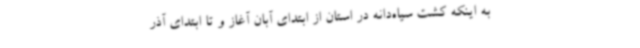
به اینکه کشت سیاه‌دانه در استان از ابتدای آبان آغاز و تا ابتدای آذر